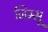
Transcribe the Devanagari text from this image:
जिम्मू